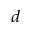
^ { d }